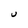
Character: U